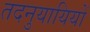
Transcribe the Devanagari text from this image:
तदनुयायियों